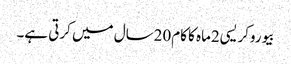
بیوروکریسی2ماہ کا کام20سال میں کرتی ہے۔